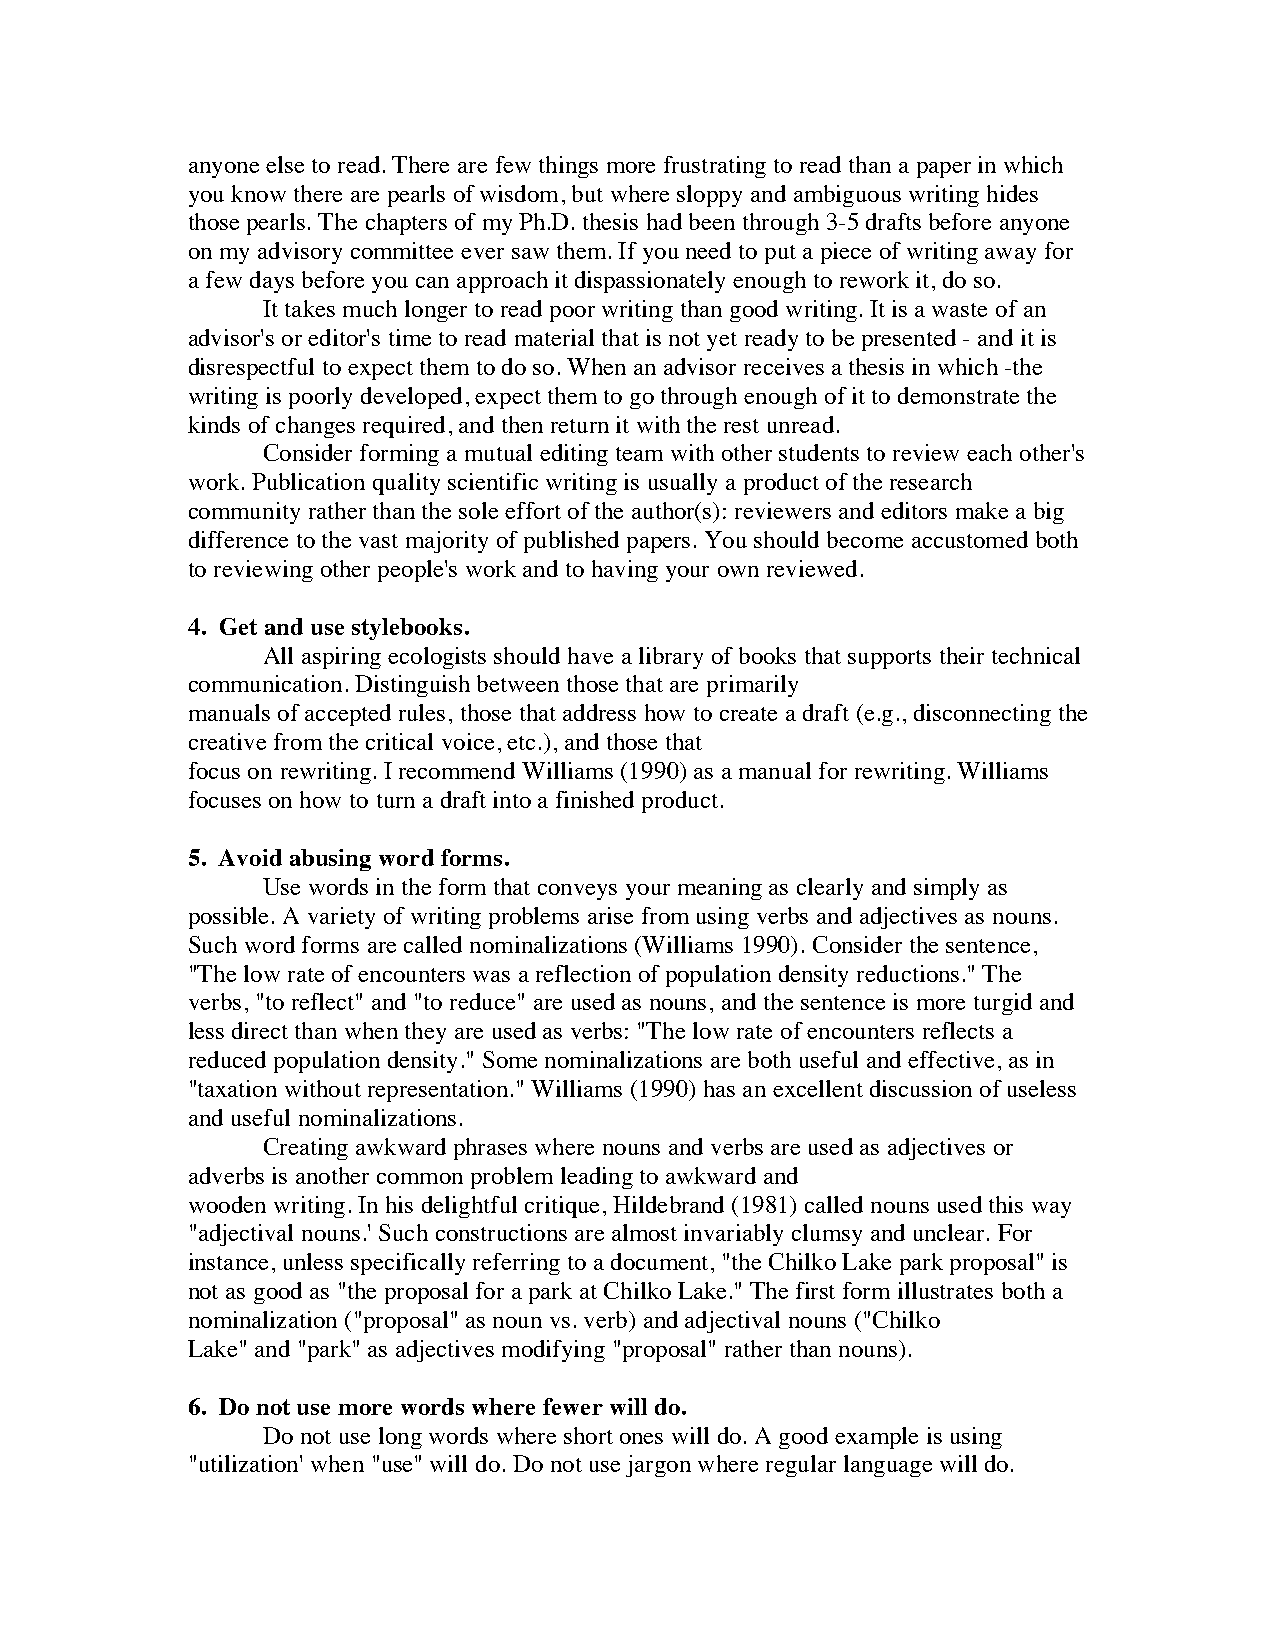
anyone else to read. There are few things more frustrating to read than a paper in which
 you know there are pearls of wisdom, but where sloppy and ambiguous writing hides
 those pearls. The chapters of my Ph.D. thesis had been through 3-5 drafts before anyone
 on my advisory committee ever saw them. If you need to put a piece of writing away for
 a few days before you can approach it dispassionately enough to rework it, do so.
 It takes much longer to read poor writing than good writing. It is a waste of an
 advisor's or editor's time to read material that is not yet ready to be presented - and it is
 disrespectful to expect them to do so. When an advisor receives a thesis in which -the
 writing is poorly developed, expect them to go through enough of it to demonstrate the
 kinds of changes required, and then return it with the rest unread.
 Consider forming a mutual editing team with other students to review each other's
 work. Publication quality scientific writing is usually a product of the research
 community rather than the sole effort of the author(s): reviewers and editors make a big
 difference to the vast majority of published papers. You should become accustomed both
 to reviewing other people's work and to having your own reviewed.
 4. Get and use stylebooks.
 All aspiring ecologists should have a library of books that supports their technical
 communication. Distinguish between those that are primarily
 manuals of accepted rules, those that address how to create a draft (e.g., disconnecting the
 creative from the critical voice, etc.), and those that
 focus on rewriting. I recommend Williams (1990) as a manual for rewriting. Williams
 focuses on how to turn a draft into a finished product.
 5. Avoid abusing word forms.
 Use words in the form that conveys your meaning as clearly and simply as
 possible. A variety of writing problems arise from using verbs and adjectives as nouns.
 Such word forms are called nominalizations (Williams 1990). Consider the sentence,
 "The low rate of encounters was a reflection of population density reductions." The
 verbs, "to reflect" and "to reduce" are used as nouns, and the sentence is more turgid and
 less direct than when they are used as verbs: "The low rate of encounters reflects a
 reduced population density." Some nominalizations are both useful and effective, as in
 "taxation without representation." Williams (1990) has an excellent discussion of useless
 and useful nominalizations.
 Creating awkward phrases where nouns and verbs are used as adjectives or
 adverbs is another common problem leading to awkward and
 wooden writing. In his delightful critique, Hildebrand (1981) called nouns used this way
 "adjectival nouns.' Such constructions are almost invariably clumsy and unclear. For
 instance, unless specifically referring to a document, "the Chilko Lake park proposal" is
 not as good as "the proposal for a park at Chilko Lake." The first form illustrates both a
 nominalization ("proposal" as noun vs. verb) and adjectival nouns ("Chilko
 Lake" and "park" as adjectives modifying "proposal" rather than nouns).
 6. Do not use more words where fewer will do.
 Do not use long words where short ones will do. A good example is using
 "utilization' when "use" will do. Do not use jargon where regular language will do.